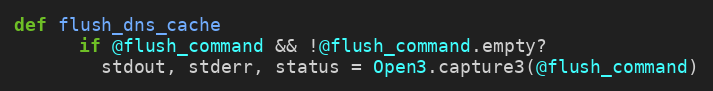
Language: Ruby
def flush_dns_cache
      if @flush_command && !@flush_command.empty?
        stdout, stderr, status = Open3.capture3(@flush_command)